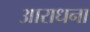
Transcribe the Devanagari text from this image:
अाराधना